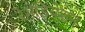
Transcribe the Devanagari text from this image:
रेमेडियेशन